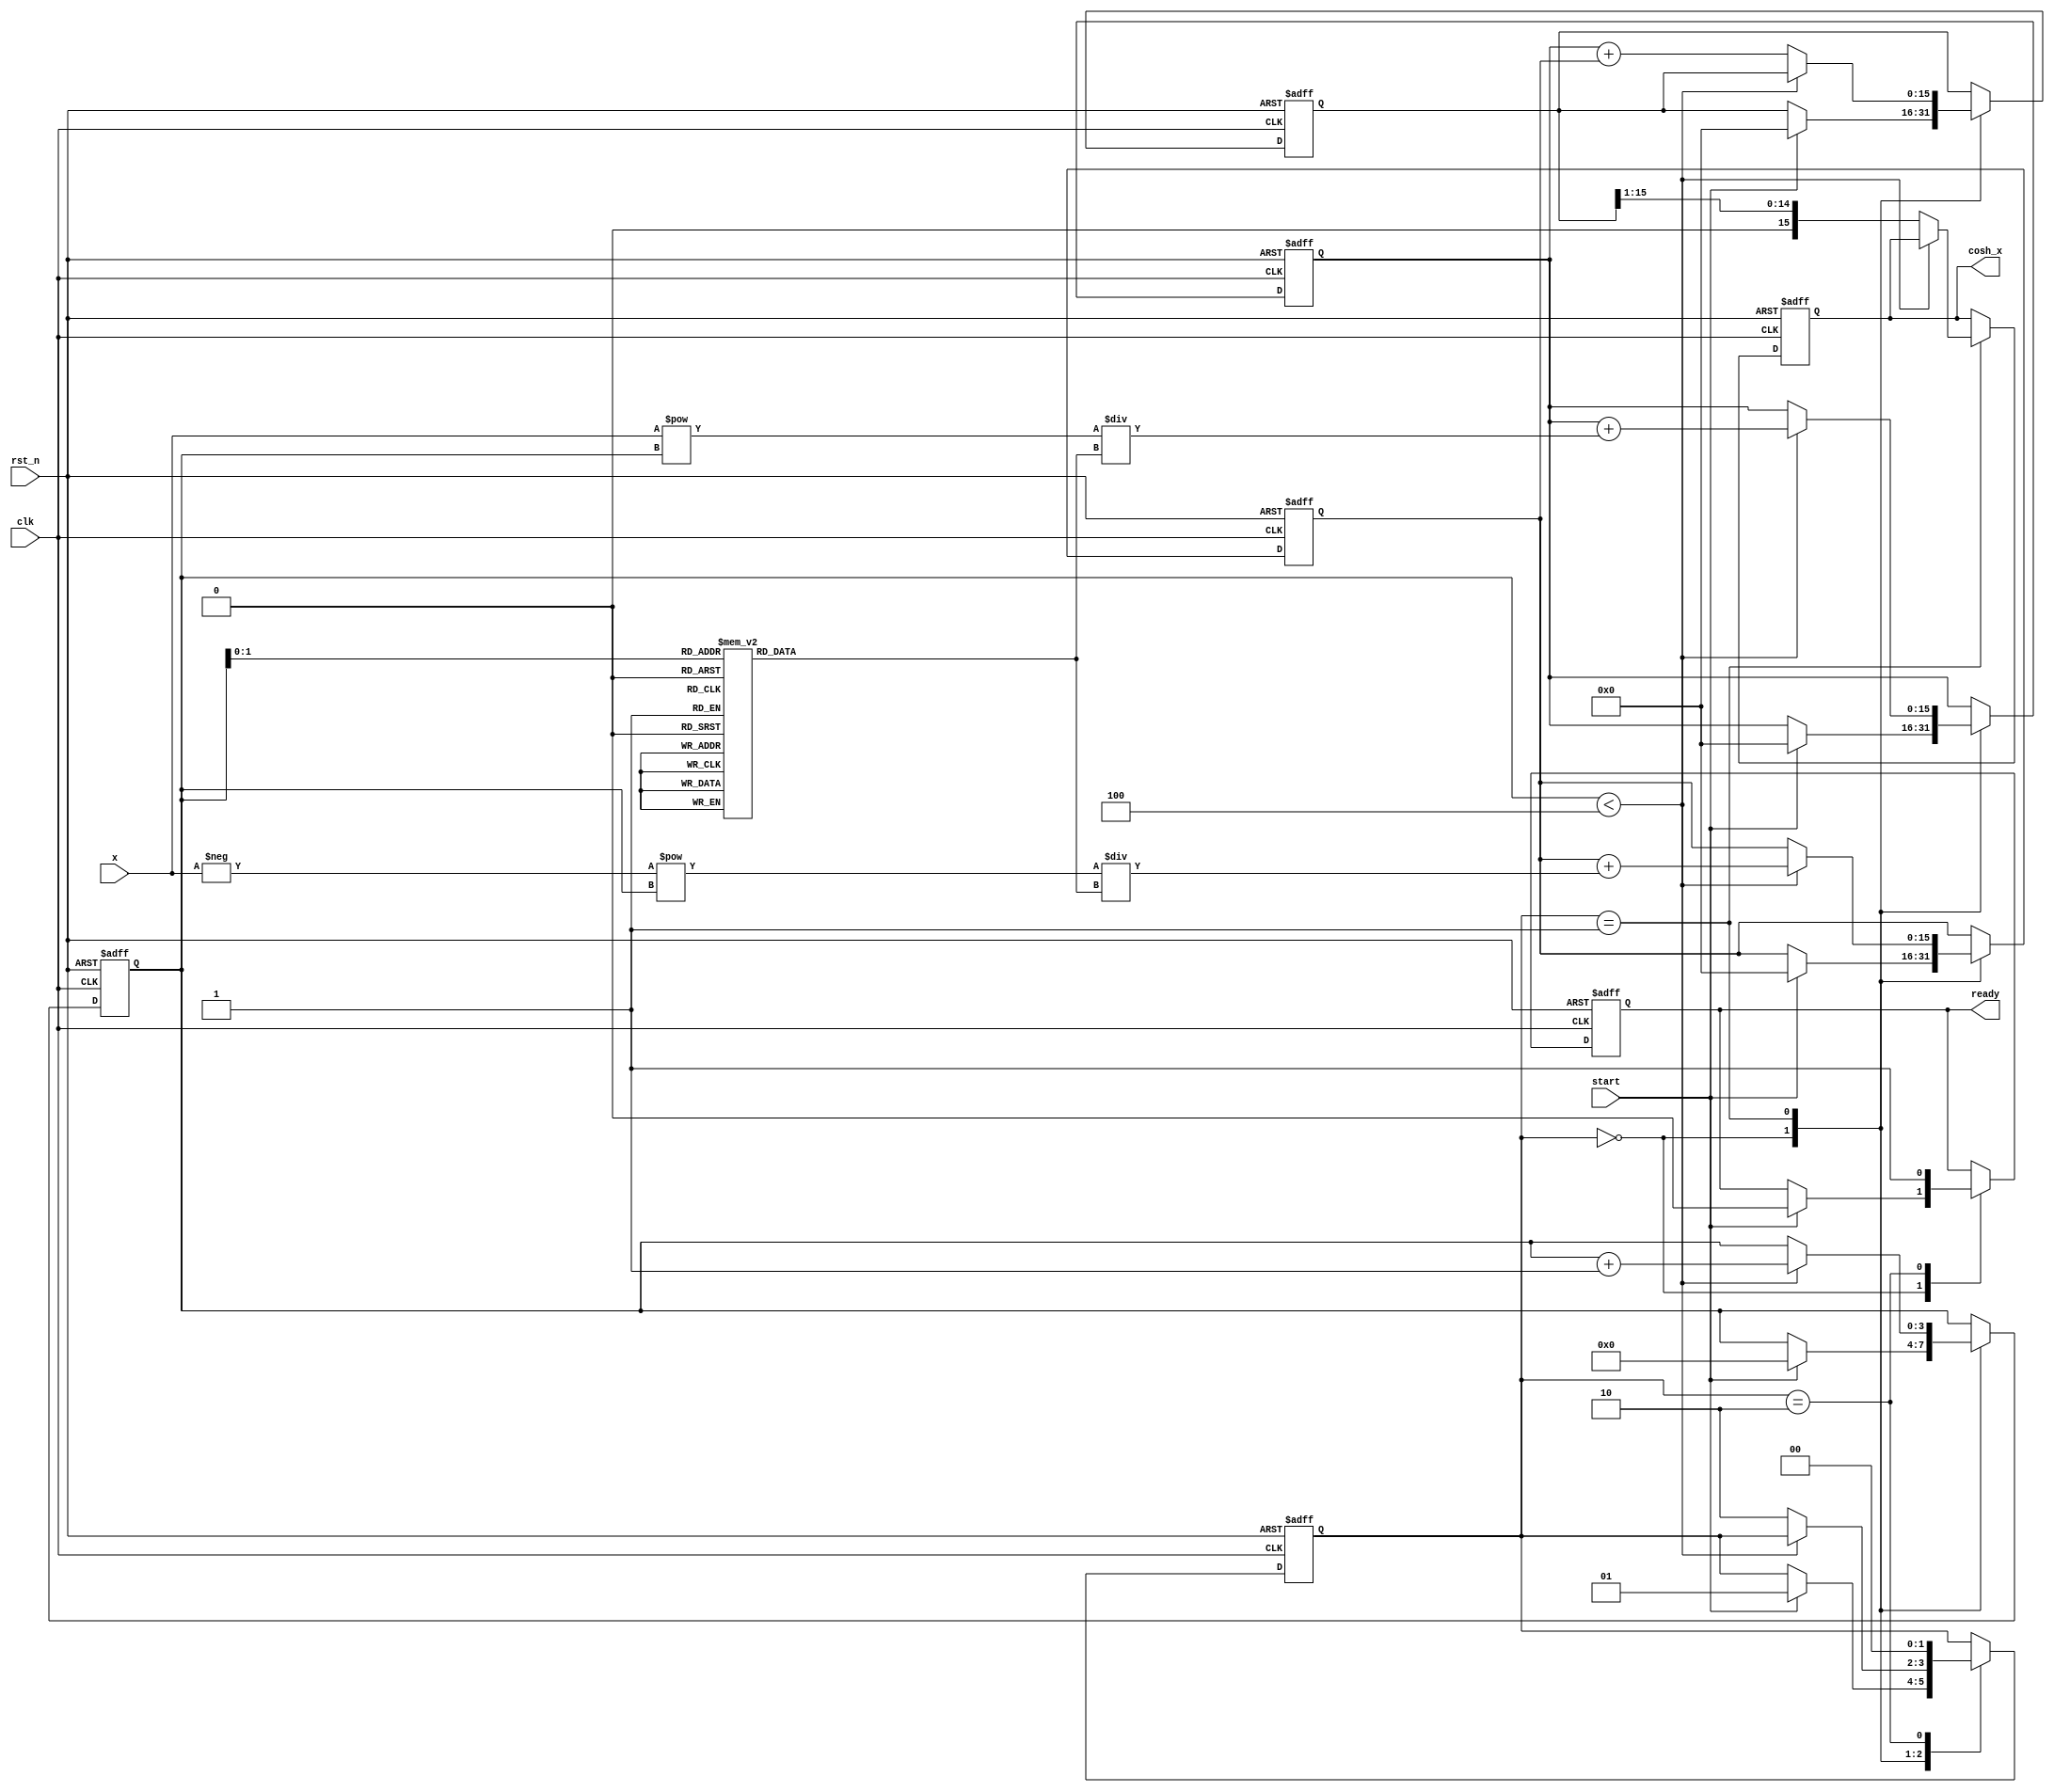
module hyperbolic_cosh #(
    parameter INPUT_WIDTH = 16,  // Width of input x
    parameter OUTPUT_WIDTH = 16   // Width of output cosh(x)
)(
    input wire clk,
    input wire rst_n,
    input wire [INPUT_WIDTH-1:0] x, // Input value
    input wire start,                 // Start signal
    output reg [OUTPUT_WIDTH-1:0] cosh_x, // Output value
    output reg ready                  // Ready signal
);

    // Internal signals
    reg [INPUT_WIDTH-1:0] exp_x;      // e^x
    reg [INPUT_WIDTH-1:0] exp_neg_x;  // e^(-x)
    reg [OUTPUT_WIDTH-1:0] sum;        // Sum of e^x and e^(-x)
    reg [1:0] state;                   // State for FSM
    reg [3:0] count;                   // Counter for Taylor series terms

    // State encoding
    localparam IDLE = 2'b00;
    localparam CALC = 2'b01;
    localparam DONE = 2'b10;

    // Taylor series coefficients for e^x
    reg [INPUT_WIDTH-1:0] coeff [0:3]; // Coefficients for 0!, 1!, 2!, 3!

    initial begin
        coeff[0] = 16'h0001; // 1
        coeff[1] = 16'h0001; // 1
        coeff[2] = 16'h0008; // 1/2! = 0.5 * 2^3 = 1/8
        coeff[3] = 16'h0010; // 1/3! = 1/6 * 2^4 = 1/24
    end

    // Exponential calculation using Taylor series
    always @(posedge clk or negedge rst_n) begin
        if (!rst_n) begin
            exp_x <= 0;
            exp_neg_x <= 0;
            sum <= 0;
            count <= 0;
            state <= IDLE;
            ready <= 0;
            cosh_x <= 0;
        end else begin
            case (state)
                IDLE: begin
                    if (start) begin
                        exp_x <= 0;
                        exp_neg_x <= 0;
                        sum <= 0;
                        count <= 0;
                        state <= CALC;
                        ready <= 0;
                    end
                end

                CALC: begin
                    if (count < 4) begin
                        exp_x <= exp_x + (x ** count) / coeff[count];
                        exp_neg_x <= exp_neg_x + ((-x) ** count) / coeff[count];
                        count <= count + 1;
                    end else begin
                        sum <= exp_x + exp_neg_x;
                        cosh_x <= sum >> 1; // Divide by 2
                        state <= DONE;
                    end
                end

                DONE: begin
                    ready <= 1;
                    state <= IDLE; // Go back to IDLE
                end
            endcase
        end
    end

endmodule